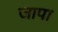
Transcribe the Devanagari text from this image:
जापा